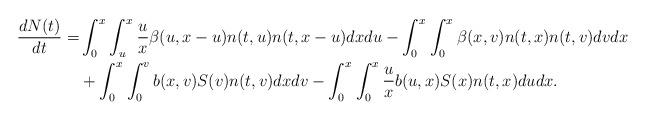
LaTeX: \begin{align*}\frac{d N(t)}{dt} =& \int_0^{x_{}} \int_u^{x_{}} \frac{u}{x} \beta(u,x-u)n(t,u)n(t,x-u) dx du - \int_0^{x_{}} \int_0^{x_{}} \beta(x,v)n(t,x)n(t,v) dv dx \\&+ \int_{0}^{x_{}} \int_{0}^{v} b(x,v) S(v) n(t,v) dx dv- \int_{0}^{x_{}}\int_0^x \frac{u}{x} b(u,x) S(x) n(t,x) du dx.\end{align*}